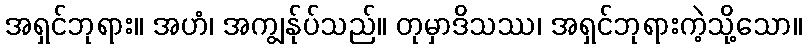
အရှင်ဘုရား။ အဟံ၊ အကျွန်ုပ်သည်။ တုမှာဒိသဿ၊ အရှင်ဘုရားကဲ့သို့သော။